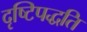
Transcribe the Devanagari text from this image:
दृष्टिपद्धति